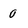
Character: 0